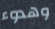
وهدوء